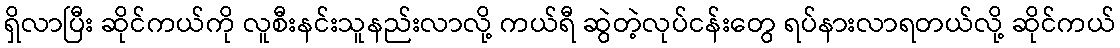
ရှိလာပြီး ဆိုင်ကယ်ကို လူစီးနင်းသူနည်းလာလို့ ကယ်ရီ ဆွဲတဲ့လုပ်ငန်းတွေ ရပ်နားလာရတယ်လို့ ဆိုင်ကယ်